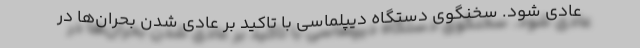
عادی شود. سخنگوی دستگاه دیپلماسی با تاکید بر عادی شدن بحران‌ها در